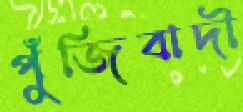
পুঁজিবাদী